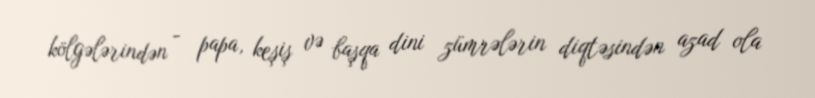
kölgələrindən - papa, keşiş və başqa dini zümrələrin diqtəsindən azad ola